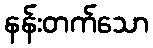
နန်းတက်သော